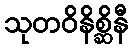
သုတဝိနိစ္ဆိနီ